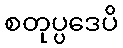
စတုပ္ပဒေပိ